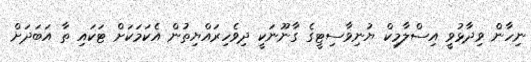
ނިހާން ވިދާޅުވީ އިސްލާމިކް ޔުނިވާސިޓީގެ ގާނޫނަކީ ދިވެހިރައްޔިތުން އެކަމަކަށް ޓަކައި ތާ އަބަދަށް